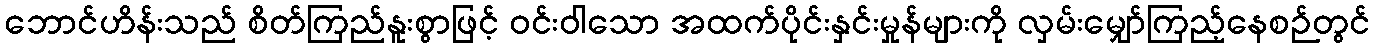
ဘောင်ဟိန်းသည် စိတ်ကြည်နူးစွာဖြင့် ဝင်းဝါသော အထက်ပိုင်းနှင်းမှုန်များကို လှမ်းမျှော်ကြည့်နေစဉ်တွင်